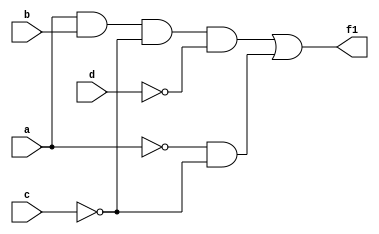
module hw3_f1(f1, a, b, c, d);

    input a, b, c, d;
    output f1;

    not not_a(nota, a);
    not not_c(notc, c);
    not not_d(notd, d);

    and left_and1(and_a_b, a, b);
    and left_and2(and_a_b_notc, and_a_b, notc);
    and left_and3(and_a_b_notc_notd, and_a_b_notc, notd);

    and right_and(and_nota_notc, nota, notc);

    or or1(f1, and_a_b_notc_notd, and_nota_notc);

endmodule